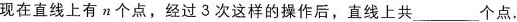
现在直线上有n个点，经过3次这样的操作后，直线上共___个点。